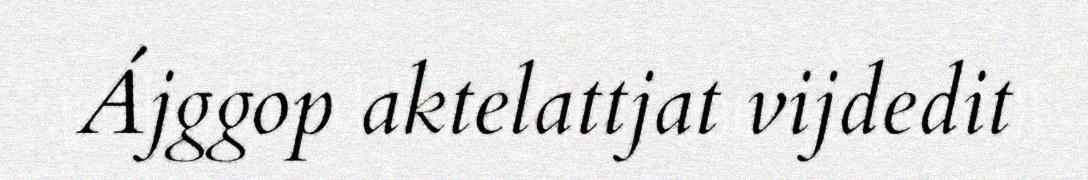
Ájggop aktelattjat vijdedit